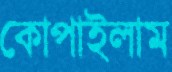
কোপাইলাম